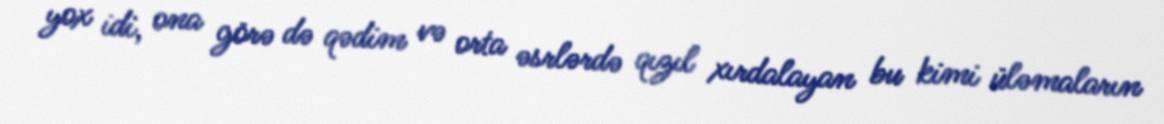
yox idi, ona görə də qədim və orta əsrlərdə qızıl xırdalayan bu kimi üləmaların